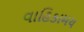
વાહિકામય